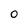
Character: 0